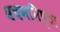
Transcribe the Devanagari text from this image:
वचननिष्ठा